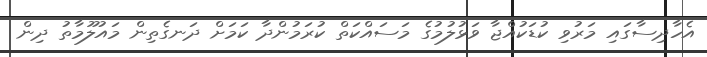
އެހާދިސާގައި މަރުވި ކުޑަކުއްޖާ ވަޅުލުމުގެ މަސައްކަތް ކުރަމުންދާ ކަމަށް ދަނގެތިން މައުލޫމާތު ދިން